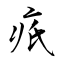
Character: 疧